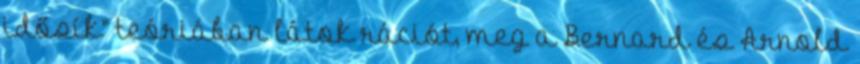
idősík” teóriában látok rációt, meg a Bernard és Arnold